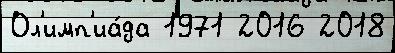
Ол'имп'иа́да 1971 2016 2018